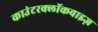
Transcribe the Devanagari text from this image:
काउंटरक्लॉकवाइज़